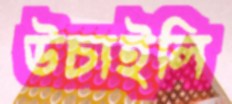
উচাইলি